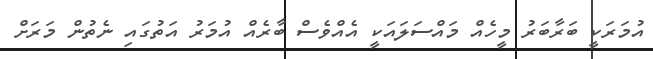
އުމަރަކީ ބަރާބަރު މީހެއް މައްސަލައަކީ އެއްވެސް ބާރެއް އުމަރު އަތުގައި ނެތުން މަރަށް